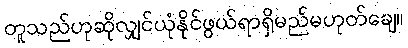
တူသည်ဟုဆိုလျှင်ယုံနိုင်ဖွယ်ရာရှိမည်မဟုတ်ချေ။